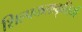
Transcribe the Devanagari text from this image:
शिल्पकलाकृतियों